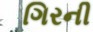
ગિરની